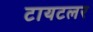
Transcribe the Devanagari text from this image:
टायटलर